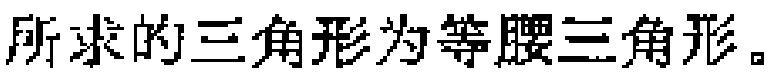
所求的三角形为等腰三角形。